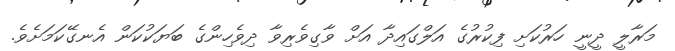
މަރާލީ ދީނީ ހަރުކަށި ފިކުރުގެ އަލްގައިދާ އަށް ވާގިވެރިވާ ދިވެހިންގެ ބަޔަކުކަން އެނގޭކަމަށެވެ.